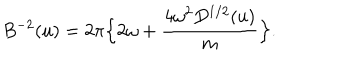
LaTeX: B ^ { - 2 } ( u ) = 2 \pi \Bigl \{ 2 \omega + { \frac { 4 \omega ^ { 2 } D ^ { 1 / 2 } ( u ) } { m } } \Bigr \} .